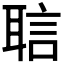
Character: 𬚝